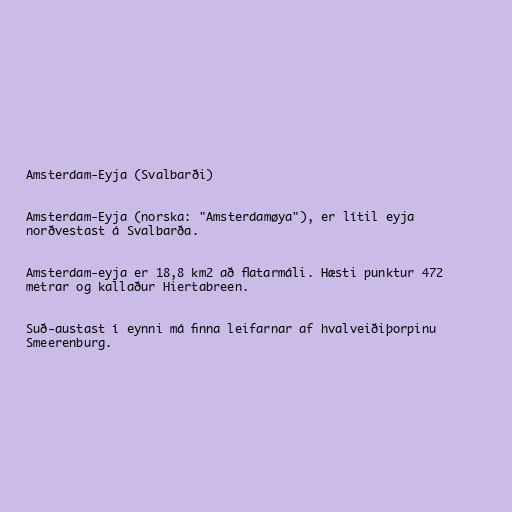
Amsterdam-Eyja (Svalbarði)

Amsterdam-Eyja (norska: "Amsterdamøya"), er lítil eyja
norðvestast á Svalbarða.

Amsterdam-eyja er 18,8 km2 að flatarmáli. Hæsti punktur 472
metrar og kallaður Hiertabreen.

Suð-austast í eynni má finna leifarnar af hvalveiðiþorpinu
Smeerenburg.